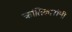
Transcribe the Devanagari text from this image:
क्रांतिकारांनी